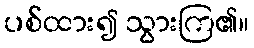
ပစ်ထား၍ သွားကြ၏။